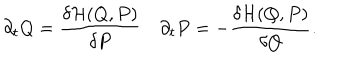
\partial _ { t } Q = \frac { \delta { \cal H } ( Q , P ) } { \delta P } \quad \partial _ { t } P = - \frac { \delta { \cal H } ( Q , P ) } { \delta Q } .